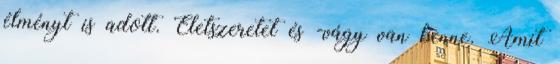
élményt is adott. Életszeretet és -vágy van benne. Amit